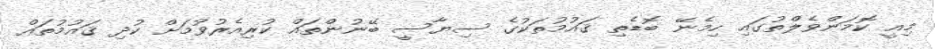
މިއީ ކޮމަންވެލްތުގައި ހިމެނޭ ބޮޑެތި ޤައުމުތަކުގެ ސިޔާސީ ބޭނުންތައް ކުރިއެރުވުމަށް ކުދި ޤައުމުތައް